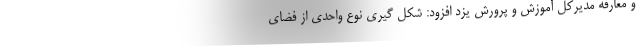
و معارفه مدیرکل آموزش و پرورش یزد افزود: شکل گیری نوع واحدی از فضای